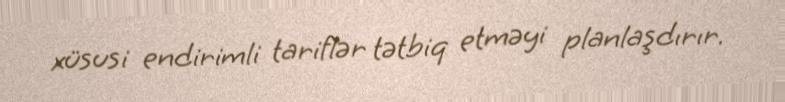
xüsusi endirimli tariflər tətbiq etməyi planlaşdırır.